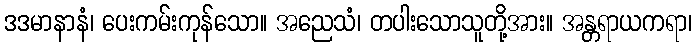
ဒဒမာနာနံ၊ ပေးကမ်းကုန်သော။ အညေသံ၊ တပါးသောသူတို့အား။ အန္တရာယကရာ၊